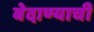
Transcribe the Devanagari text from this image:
बेदाण्याची